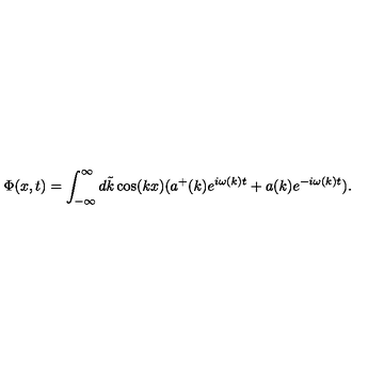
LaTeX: \Phi ( x , t ) = \int _ { - \infty } ^ { \infty } d \tilde { k } \cos ( k x ) ( a ^ { + } ( k ) e ^ { i \omega ( k ) t } + a ( k ) e ^ { - i \omega ( k ) t } ) .